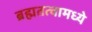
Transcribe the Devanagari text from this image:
ब्रह्मतत्वामध्ये